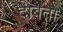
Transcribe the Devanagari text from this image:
दाबतो